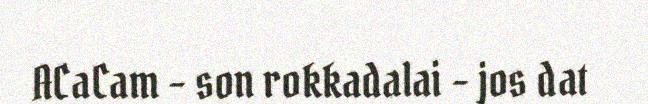
ACaCam – son rokkadalai – jos dat